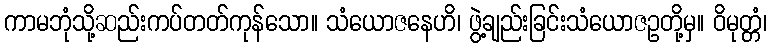
ကာမဘုံသို့ဆည်းကပ်တတ်ကုန်သော။ သံယောဇနေဟိ၊ ဖွဲ့ချည်းခြင်းသံယောဇဥတို့မှ။ ဝိမုတ္တံ၊